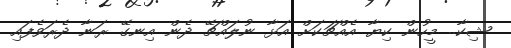
ޝިކާ.. މީހުން ކިޔާ އެއްޗަކަށް އަޅާ ނުލައްޗޭ ދެން އިނގޭ ރަނާ ދެރަވެފައި